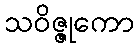
သဝိဇ္ဇုကော